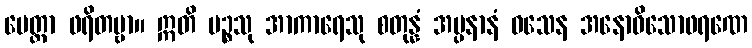
မေတ္တာ ဖရိတဗ္ဗာ။ ဣတိ ပဉ္စသု အာကာရေသု စတုန္နံ အပ္ပနာနံ ဝသေန အနောဓိသောဖရဏေ